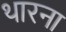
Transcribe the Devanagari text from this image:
थारना